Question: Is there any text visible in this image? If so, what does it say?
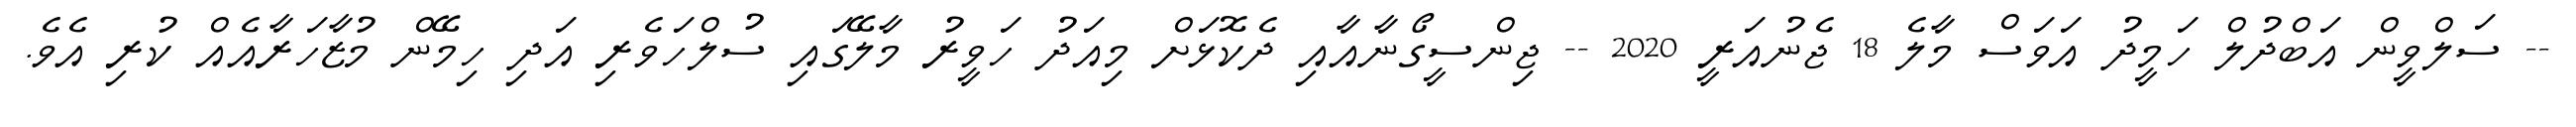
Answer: -- ސަލްވީން އަބްދުލް ހަމީދު އަވަސް މާލެ 18 ޖެނުއަރީ 2020 -- ޖިންސީގޯނާއާއި ދެކޮޅަށް މިއަދު ހަވީރު މާލޭގައި ސުލްހަވެރި އަދި ހިމޭން މުޒާހަރާއެއް ކުރި އެވެ.